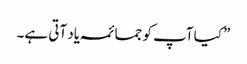
”کیا آپ کو جمائمہ یاد آتی ہے۔